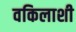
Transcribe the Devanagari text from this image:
वकिलाशी